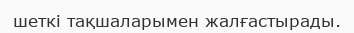
шеткі тақшаларымен жалғастырады.